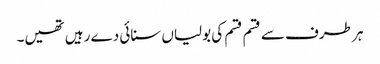
ہر طرف سے قسم قسم کی بولیاں سنائی دے رہیں تھیں۔